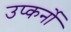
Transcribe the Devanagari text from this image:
उप्कर्नो